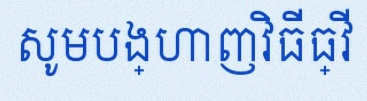
សូមបង្ហាញវិធីធ្វើ